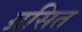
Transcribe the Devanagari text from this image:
ग्रसित